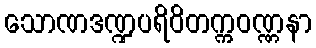
သောဏဒဏ္ဍပရိဝိတက္ကဝဏ္ဏနာ